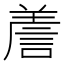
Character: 𧨁